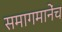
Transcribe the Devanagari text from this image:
समागमानेंच